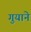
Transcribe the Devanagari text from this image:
गुयाने